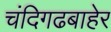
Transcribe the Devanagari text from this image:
चंदिगढबाहेर